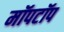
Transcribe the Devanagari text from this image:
मॉपटॉप